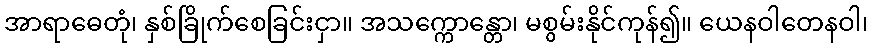
အာရာဓေတုံ၊ နှစ်ခြိုက်စေခြင်းငှာ။ အသက္ကောန္တော၊ မစွမ်းနိုင်ကုန်၍။ ယေနဝါတေနဝါ၊